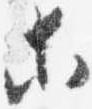
等